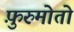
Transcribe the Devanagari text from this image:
फ़ुरुमोतो